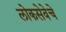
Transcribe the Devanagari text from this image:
लोकसेवेचे